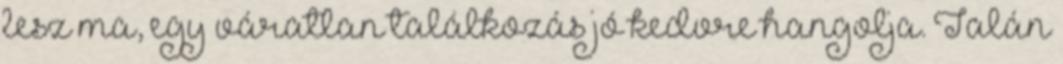
lesz ma, egy váratlan találkozás jó kedvre hangolja. Talán